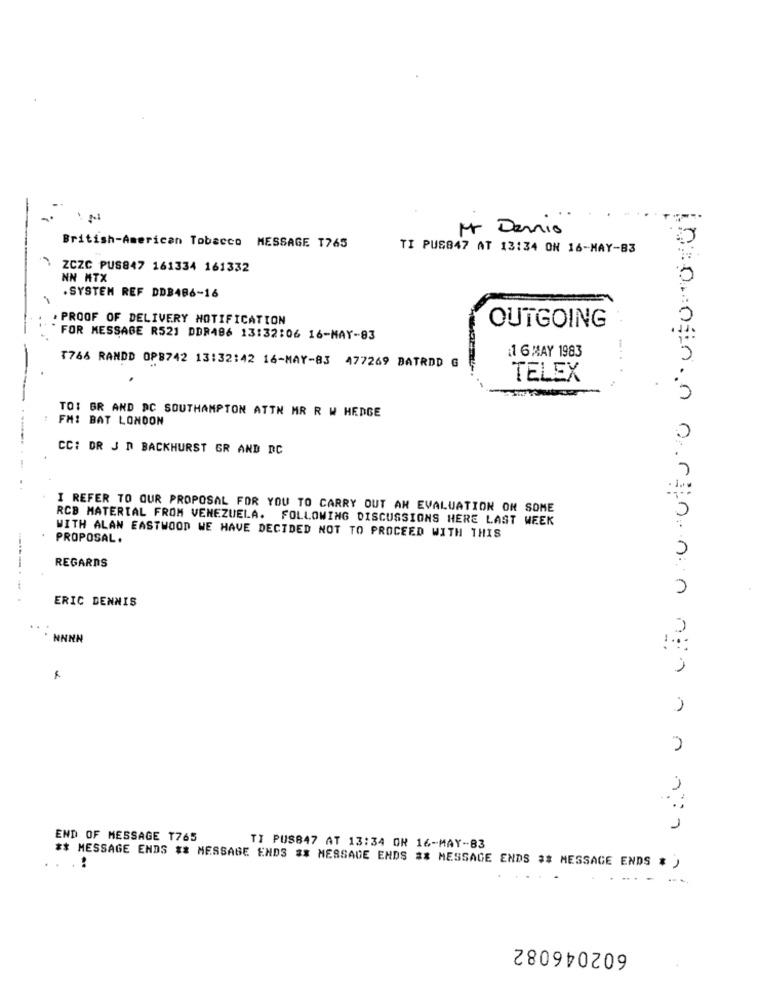
Mr Dennis
British-American Tobacco MESSAGE T765
TI PUS847 AT 13:34 ON 16-MAY-83
ZCZC PUS847 161334 161332
NN MTX
. SYSTEM REF DDB486-16
. PROOF OF DELIVERY NOTIFICATION
OUTGOING
FOR MESSAGE R521 DDR486 13:32:06 16-MAY-83
1 6 MAY 1983
T766 RANDD OP8742 13:32:42 16-MAY-83 477269 BATRDD G
TELEX
TO: BR AND DC SOUTHAMPTON ATTN MR R W HEDGE
FM: BAT LONDON
CC: DR J D BACKHURST GR AND DC
I REFER TO OUR PROPOSAL FOR YOU TO CARRY OUT AN EVALUATION ON SOME
RCB MATERIAL FROM VENEZUELA. FOLLOWING DISCUSSIONS HERE LAST WEEK
PROPOSAL.
WITH ALAN EASTWOOD WE HAVE DECIDED NOT TO PROCEED WITH THIS
REGARDS
------.
ERIC DENNIS
* NNNN
1
END OF MESSAGE T765
TI PUS847 AT 13:34 ON 16-MAY-83
** MESSAGE ENDS ** MESSAGE END3 #* MESSAGE ENDS ** MESSAGE ENDS ## MESSAGE ENDS # )
..
602046082